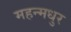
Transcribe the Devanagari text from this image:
महन्मधुर